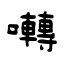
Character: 囀